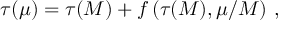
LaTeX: \tau ( \mu ) = \tau ( M ) + f \left( \tau ( M ) , \mu / M \right) \, ,